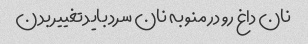
نان داغ رو در منو به نان سرد باید تغییر بدن